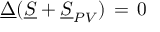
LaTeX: \underline { { \Delta } } ( \underline { { S } } + \underline { { S } } _ { P V } ) \, = \, 0